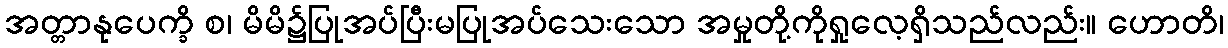
အတ္တာနုပေက္ခိ စ၊ မိမိ၌ပြုအပ်ပြီးမပြုအပ်သေးသော အမှုတို့ကိုရှုလေ့ရှိသည်လည်း။ ဟောတိ၊